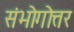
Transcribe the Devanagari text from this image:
संभोगोत्तर